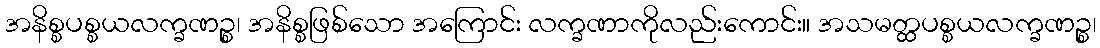
အနိစ္စပစ္စယလက္ခဏဉ္စ၊ အနိစ္စဖြစ်သော အကြောင်း လက္ခဏာကိုလည်းကောင်း။ အသမတ္ထပစ္စယလက္ခဏဉ္စ၊